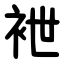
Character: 袣